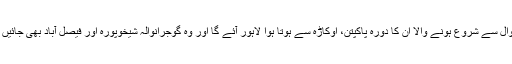
ساہیوال سے شروع ہونے والا ان کا دورہ پاکپتن، اوکاڑہ سے ہوتا ہوا لاہور آئے گا اور وہ گوجرانوالہ شیخوپورہ اور فیصل آباد بھی جائیں گے۔